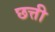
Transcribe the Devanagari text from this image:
छत्ती